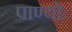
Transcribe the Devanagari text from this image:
पाण्योः